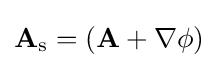
\mathbf {A} _{\rm {s}}=(\mathbf {A} +\nabla \phi )